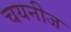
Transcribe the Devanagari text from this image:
चयनीज